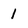
Character: 1